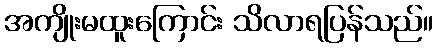
အကျိုးမထူးကြောင်း သိလာရပြန်သည်။